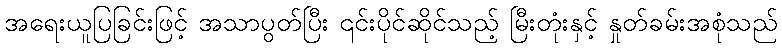
အရေးယူပြခြင်းဖြင့် အသာပွတ်ပြီး ၎င်းပိုင်ဆိုင်သည့် မြီးတုံးနှင့် နှုတ်ခမ်းအစုံသည်